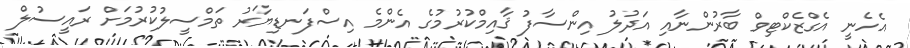
އެހެނީ އެގްޒެކްޓިވް ބާރުންނާއި އަދުލު އިންސާފު ޤާއިމްކުރުމުގެ އެންމެ އިސްފަނޑިޔާރު ތަމްސީލުކުރުމަށް ރައީސުލް